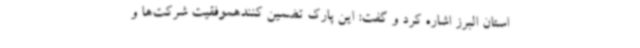
استان البرز اشاره کرد و گفت: این پارک تضمین کنندهموفقیت شرکت‌ها و